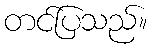
တင်ပြသည်။